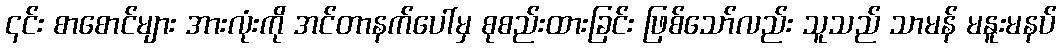
၎င်း စာစောင်များ အားလုံးကို အင်တာနက်ပေါ်မှ စုစည်းထားခြင်း ဖြစ်သော်လည်း သူသည် သာမန် မနူးမနပ်